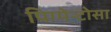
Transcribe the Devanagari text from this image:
पिग्मेन्टोसा